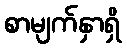
စာမျက်နှာရှိ